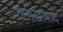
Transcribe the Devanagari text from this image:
फार्रूखाबाद